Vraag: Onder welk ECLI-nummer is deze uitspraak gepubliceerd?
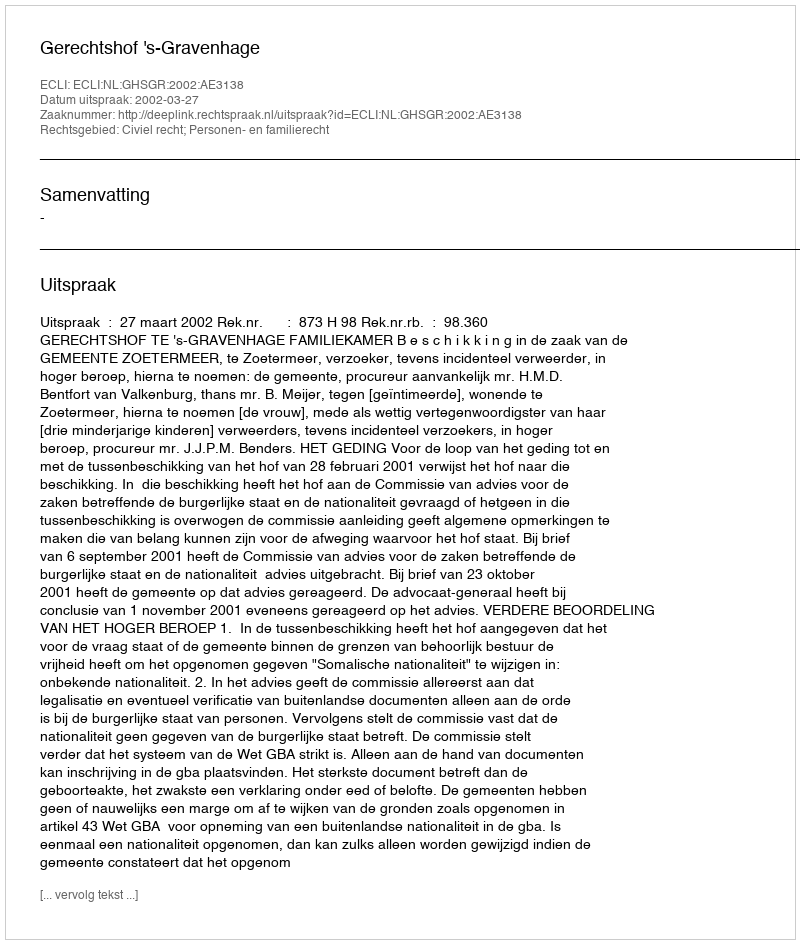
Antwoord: ECLI:NL:GHSGR:2002:AE3138